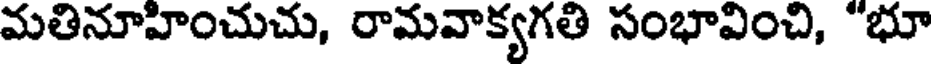
మతినూహించుచు, రామవాక్యగతి సంభావించి, "భూ